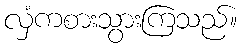
လှံကစားသွားကြသည်။